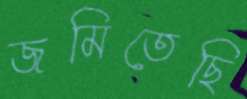
জমিতেছি